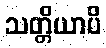
သတ္တိယာပိ